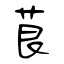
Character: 茛